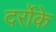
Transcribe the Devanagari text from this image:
दर्रोके